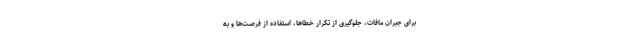
برای جبران مافات، جلوگیری از تکرار خطاها، استفاده از فرصت‌ها و به